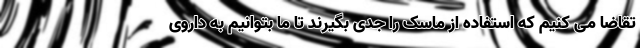
تقاضا می کنیم که استفاده از ماسک را جدی بگیرند تا ما بتوانیم به داروی